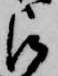
被